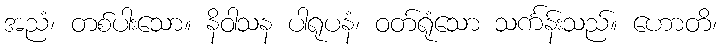
အညံ၊ တစ်ပါးသော။ နိဝါသန ပါရုပနံ၊ ဝတ်ရုံသော သင်္ကန်းသည်။ ဟောတိ၊